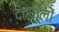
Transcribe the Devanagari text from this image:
दंतमूलों